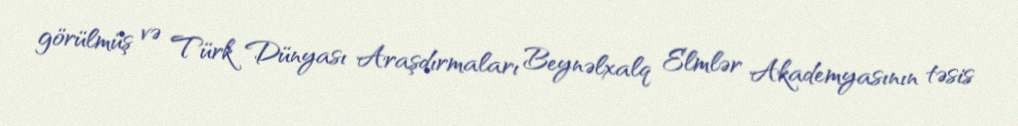
görülmüş və Türk Dünyası Araşdırmaları Beynəlxalq Elmlər Akademyasının təsis